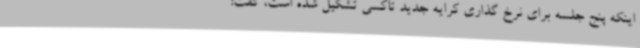
اینکه پنج جلسه برای نرخ گذاری کرایه جدید تاکسی تشکیل شده است، گفت: